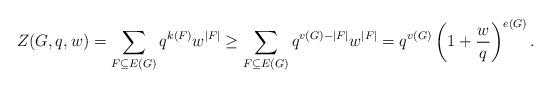
LaTeX: \begin{align*}Z(G,q,w)=\sum_{F\subseteq E(G)}q^{k(F)}w^{|F|}\geq \sum_{F\subseteq E(G)}q^{v(G)-|F|}w^{|F|}=q^{v(G)}\left(1+\frac{w}{q}\right)^{e(G)}.\end{align*}